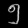
Digit: ၅